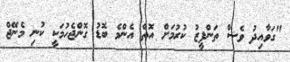
"ގަވާއިދު ވެސް ތަންފީޒު ކުރުމަށް އޮތް އެންމެ ބޮޑު ގޮންޖެހުމަކީ ކުނި މެނޭޖް